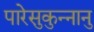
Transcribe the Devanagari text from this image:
पारेसुकुन्नानु